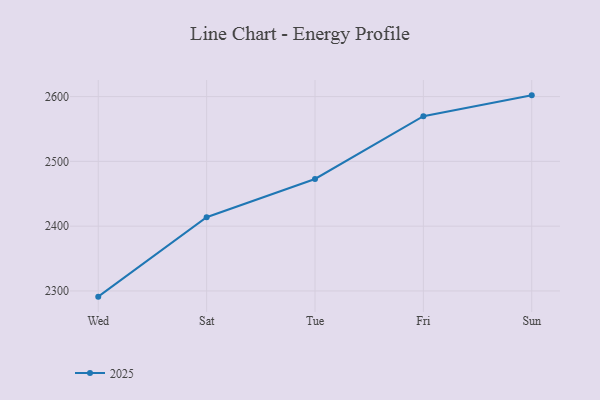
{"axis": {"x": "Day", "y": "Website Visitors"}, "legend": ["2025"], "data": [{"x": "Wed", "y": 2291.2, "type": "2025"}, {"x": "Sat", "y": 2413.8, "type": "2025"}, {"x": "Tue", "y": 2472.8, "type": "2025"}, {"x": "Fri", "y": 2569.8, "type": "2025"}, {"x": "Sun", "y": 2601.9, "type": "2025"}]}